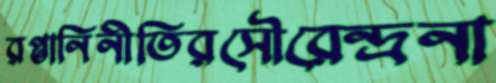
রপ্তানিনীতিরসৌরেন্দ্রনা